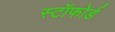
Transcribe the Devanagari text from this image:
स्टॉफोर्ड